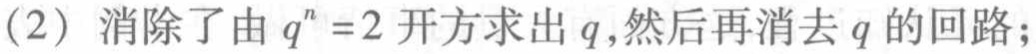
（2）消除了由 \(q^{n}=2\) 开方求出 \(q\)，然后再消去 \(q\) 的回路；